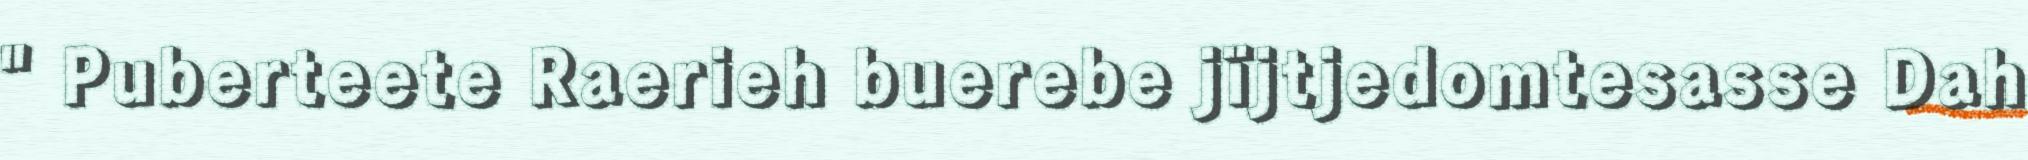
" Puberteete Raerieh buerebe jïjtjedomtesasse Dah